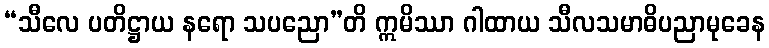
“သီလေ ပတိဋ္ဌာယ နရော သပညော”တိ ဣမိဿာ ဂါထာယ သီလသမာဓိပညာမုခေန